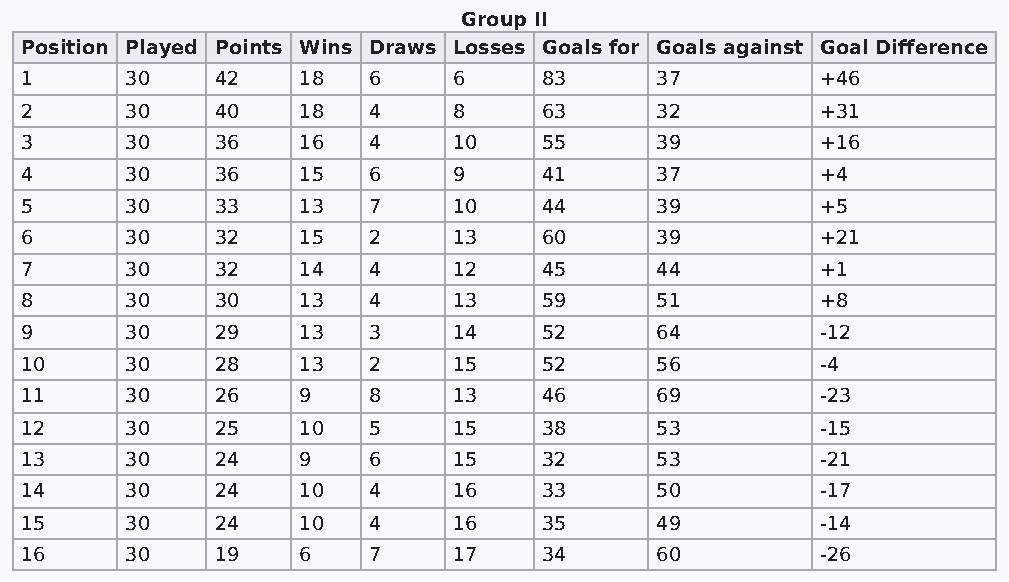
Group II
 Position Played Points Wins Draws Losses Goals for Goals against Goal Difference
 1      30    42    18  6     6     83     37         +46
 2      30    40    18  4     8     63     32         +31
 3      30    36    16  4     10    55     39         +16
 4      30    36    15  6     9     41     37         +4
 5      30    33    13  7     10    44     39         +5
 6      30    32    15  2     13    60     39         +21
 7      30    32    14  4     12    45     44         +1
 8      30    30    13  4     13    59     51         +8
 9      30    29    13  3     14    52     64         -12
 10     30    28    13  2     15    52     56         -4
 11     30    26    9   8     13    46     69         -23
 12     30    25    10  5     15    38     53         -15
 13     30    24    9   6     15    32     53         -21
 14     30    24    10  4     16    33     50         -17
 15     30    24    10  4     16    35     49         -14
 16     30    19    6   7     17    34     60         -26